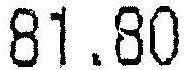
81.80